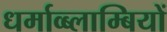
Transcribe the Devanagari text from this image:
धर्माव्ब्लाम्बियों